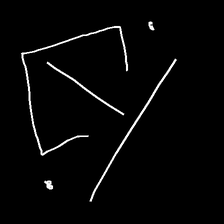
Glyph: earth